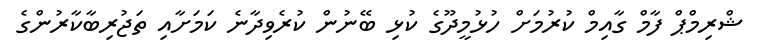
ޝްރިމްޕް ފާމް ގާއިމް ކުރުމަށް ހުޅުމީދޫގެ ކުޅި ބޭނުން ކުރެވިދާނެ ކަމަށާއި ތަޖުރިބާކާރުންގެ